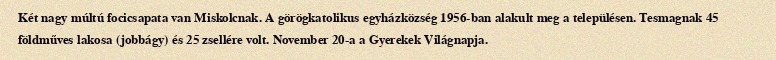
Két nagy múltú focicsapata van Miskolcnak. A görögkatolikus egyházközség 1956-ban alakult meg a településen. Tesmagnak 45 földműves lakosa (jobbágy) és 25 zsellére volt. November 20-a a Gyerekek Világnapja.